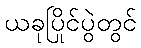
ယခုပြိုင်ပွဲတွင်